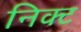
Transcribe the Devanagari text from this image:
निक्ट